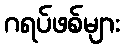
ဂရပ်ဖစ်များ